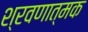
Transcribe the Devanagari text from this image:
श्रवणात्मक